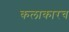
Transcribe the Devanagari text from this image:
कलाकारच